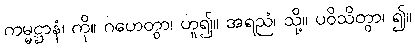
ကမ္မဋ္ဌာနံ၊ ကို။ ဂဟေတွာ၊ ဟူ၍။ အရညံ၊ သို့။ ပဝိသိတွာ၊ ၍။